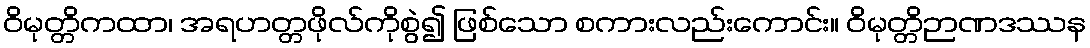
ဝိမုတ္တိကထာ၊ အရဟတ္တဖိုလ်ကိုစွဲ၍ ဖြစ်သော စကားလည်းကောင်း။ ဝိမုတ္တိဉာဏဒဿန